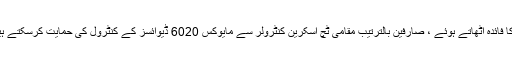
مایویکس 6020 ریموٹ ریکارڈر RS-232 اور مایوکس 6020 ریموٹ ریکارڈر REST APIs کا فائدہ اٹھاتے ہوئے ، صارفین بالترتیب مقامی ٹچ اسکرین کنٹرولر سے مایوکس 6020 ڈیوائسز کے کنٹرول کی حمایت کرسکتے ہیں ، نیز نیٹ ورک پر موجود تمام مایوکس 6020 آلات کی خود کار نگرانی کی حمایت کرسکتے ہیں۔